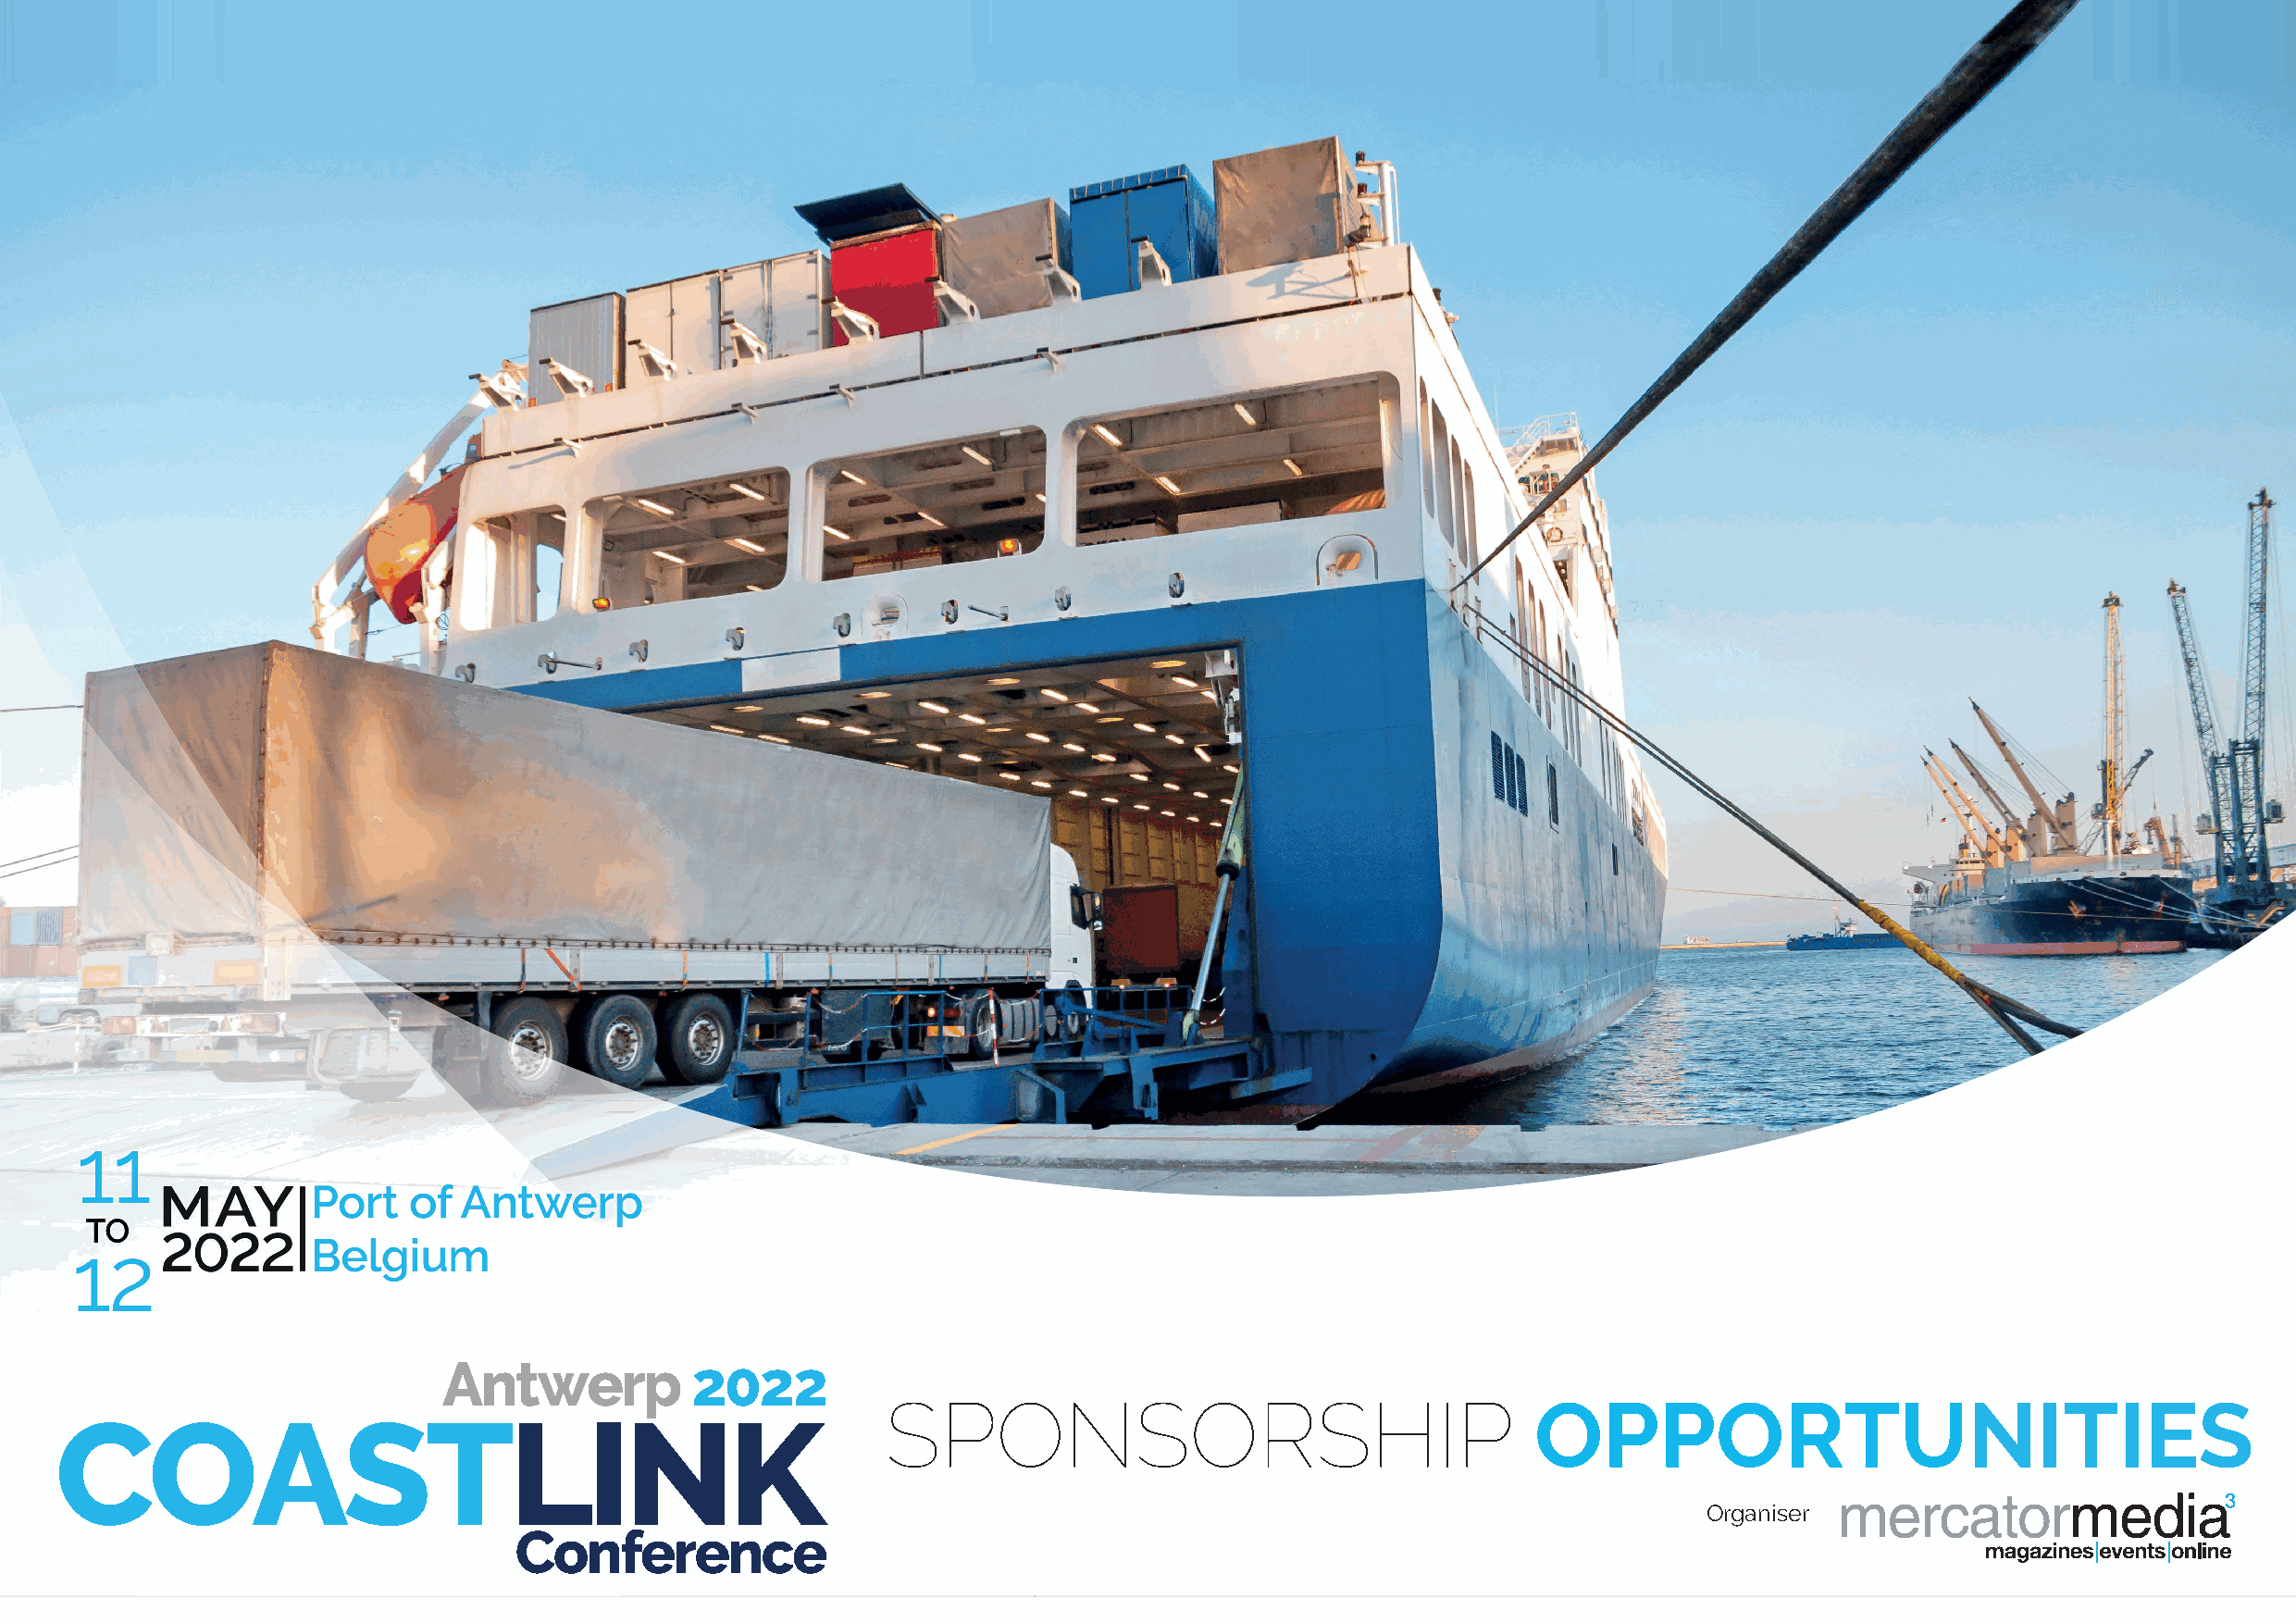
Antwerp          2022
 SPONSORSHIP                                    OPPORTUNITIES
 COASTLINK
 Organiser
 Conference